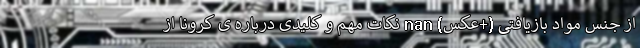
از جنس مواد بازیافتی (+عکس) nan نکات مهم و کلیدی درباره ی کرونا از